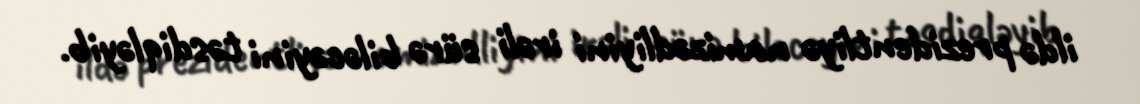
ildə prezidentliyə namizədliyini irəli sürə biləcəyini təsdiqləyib.